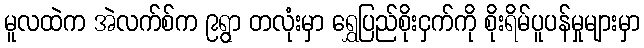
မူလထဲက အဲလက်စ်က ၉ရွာ တလုံးမှာ ရွှေပြည်စိုးငှက်ကို စိုးရိမ်ပူပန်မှုများမှာ